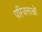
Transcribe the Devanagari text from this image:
परिजनाओं